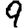
Digit: 9